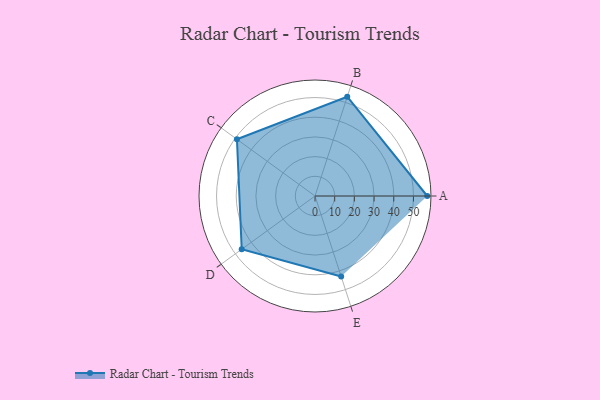
{"axis": {"x": "Skill", "y": "Score"}, "legend": ["Profile"], "data": [{"x": "A", "y": 57.0, "type": "Profile"}, {"x": "B", "y": 53.0, "type": "Profile"}, {"x": "C", "y": 49.0, "type": "Profile"}, {"x": "D", "y": 46.0, "type": "Profile"}, {"x": "E", "y": 43.0, "type": "Profile"}]}